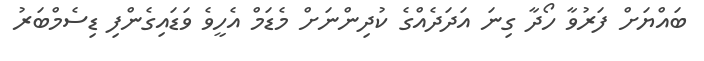
ބައްޔަށް ފަރުވާ ހޯދާ ގިނަ އަދަދެއްގެ ކުދިންނަށް މެޑަމް އެހީވެ ވަޑައިގެންފި ޑިސެމްބަރު